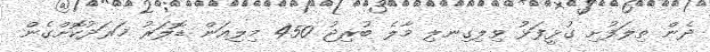
ދެން ތިލަފުށި ގުޅީފަޅު ވިލިގިނލި މާލެ ބުރިޖު 450 މިލިއަން ޑޮލަރު ޚަރަދުކޮށްގެން